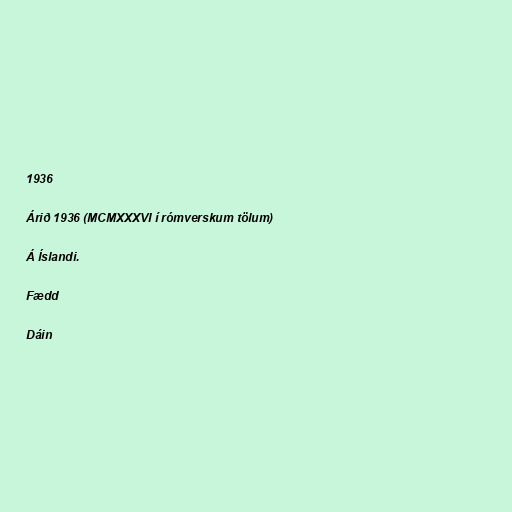
1936

Árið 1936 (MCMXXXVI í rómverskum tölum)

Á Íslandi.

Fædd

Dáin